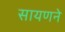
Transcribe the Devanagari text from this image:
सायणने